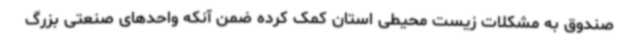
صندوق به مشکلات زیست محیطی استان کمک کرده ضمن آنکه واحدهای صنعتی بزرگ